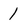
Character: 1